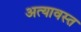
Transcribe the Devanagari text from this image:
अत्यावस्त